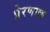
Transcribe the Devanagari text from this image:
प्रेरणाक